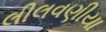
લીલવણીયા